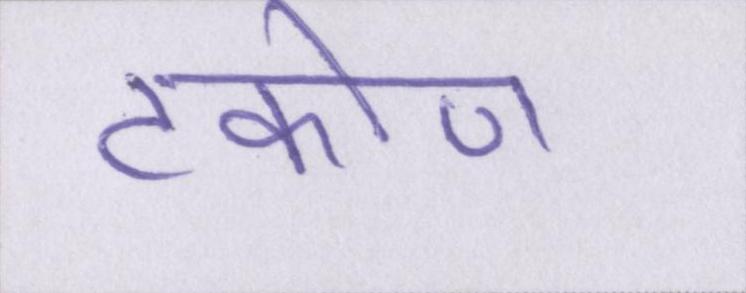
टकोण